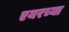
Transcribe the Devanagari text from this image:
एयरच्या